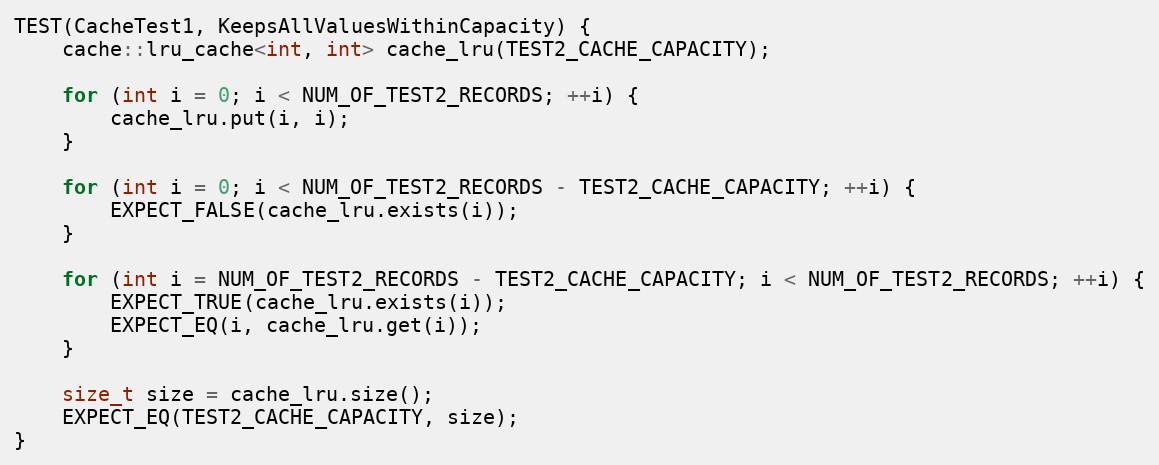
Language: C++
TEST(CacheTest1, KeepsAllValuesWithinCapacity) {
    cache::lru_cache<int, int> cache_lru(TEST2_CACHE_CAPACITY);

    for (int i = 0; i < NUM_OF_TEST2_RECORDS; ++i) {
        cache_lru.put(i, i);
    }

    for (int i = 0; i < NUM_OF_TEST2_RECORDS - TEST2_CACHE_CAPACITY; ++i) {
        EXPECT_FALSE(cache_lru.exists(i));
    }

    for (int i = NUM_OF_TEST2_RECORDS - TEST2_CACHE_CAPACITY; i < NUM_OF_TEST2_RECORDS; ++i) {
        EXPECT_TRUE(cache_lru.exists(i));
        EXPECT_EQ(i, cache_lru.get(i));
    }

    size_t size = cache_lru.size();
    EXPECT_EQ(TEST2_CACHE_CAPACITY, size);
}